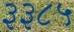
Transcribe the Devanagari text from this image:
३३८५